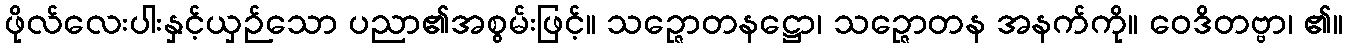
ဖိုလ်လေးပါးနှင့်ယှဉ်သော ပညာ၏အစွမ်းဖြင့်။ သဉ္ဇောတနဋ္ဌော၊ သဉ္ဇောတန အနက်ကို။ ဝေဒိတဗ္ဗာ၊ ၏။